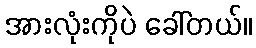
အားလုံးကိုပဲ ခေါ်တယ်။